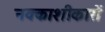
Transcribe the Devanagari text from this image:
नक्काशीकारों